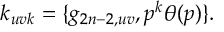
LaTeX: k _ { u v k } = \{ g _ { 2 n - 2 , u v } , p ^ { k } \theta ( p ) \} .